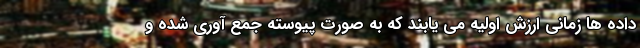
داده ها زمانی ارزش اولیه می یابند که به صورت پیوسته جمع آوری شده و